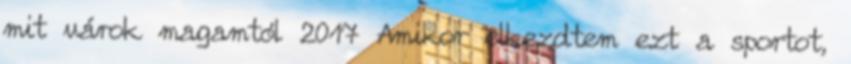
mit várok magamtól 2017 Amikor elkezdtem ezt a sportot,